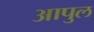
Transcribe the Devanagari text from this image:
आपुल